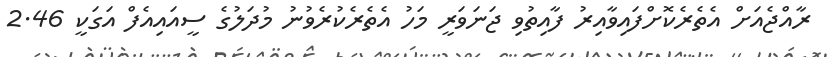
ރާއްޖެއަށް އެތެރެކޮށްފައިވާއިރު ފާއިތުވި ޖަނަވަރީ މަހު އެތެރެކުރެވުނު މުދަލުގެ ސީއައިއެފް އަގަކީ 2.46